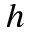
h